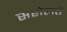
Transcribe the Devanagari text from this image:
सहोलतें